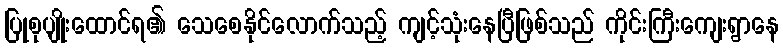
ပြုစုပျိုးထောင်ရ၏ သေစေနိုင်လောက်သည့် ကျင့်သုံးနေပြီဖြစ်သည် ကိုင်းကြီးကျေးရွာနေ